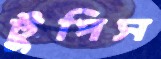
টুপিস